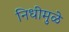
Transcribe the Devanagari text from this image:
निधीमुळे